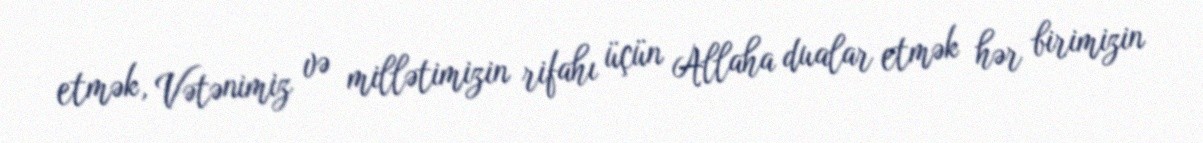
etmək, Vətənimiz və millətimizin rifahı üçün Allaha dualar etmək hər birimizin